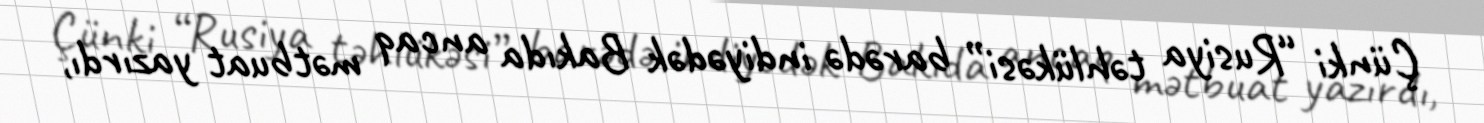
Çünki “Rusiya təhlükəsi” barədə indiyədək Bakıda ancaq mətbuat yazırdı,